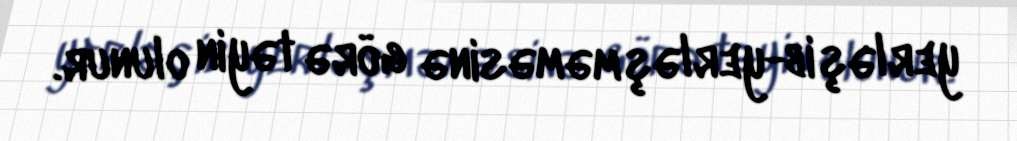
yerləşib-yerləşməməsinə görə təyin olunur.